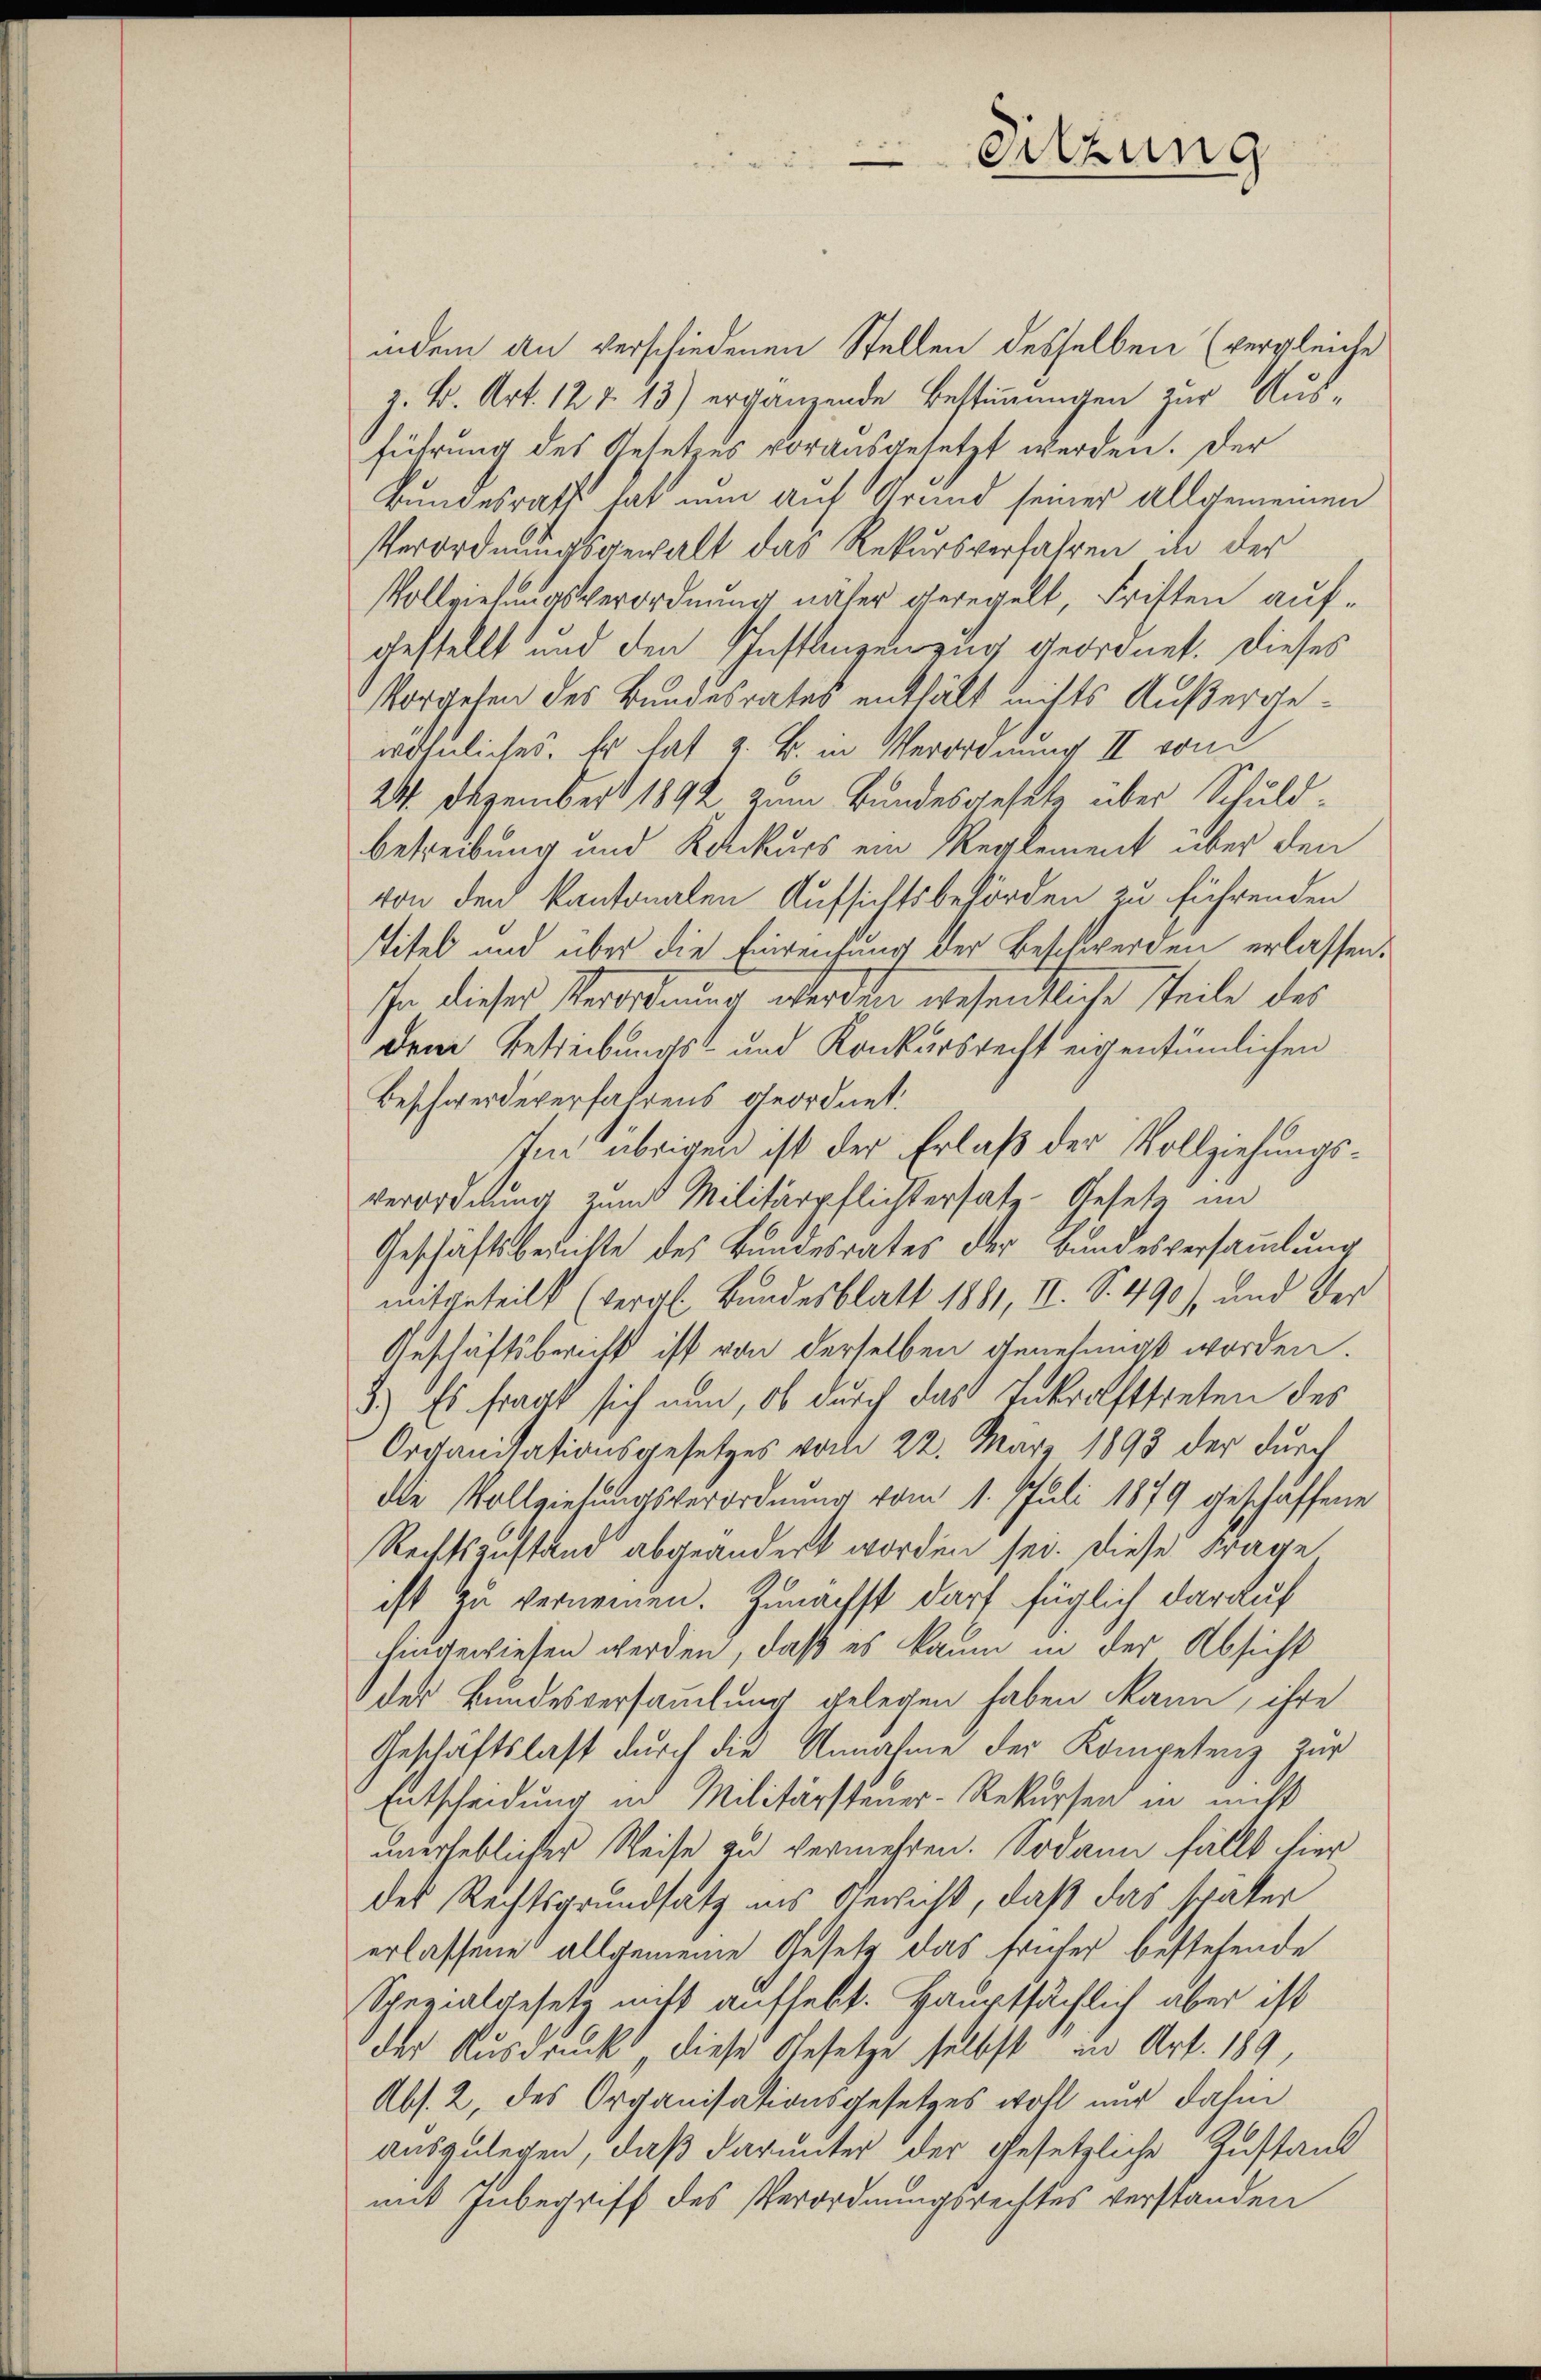
Sitzung

indem an verschiedenen Stellen desselben (vergleiche
z. B. Art. 12 f 13) ergänzende Bestimmungen zur Ausführung des Gesetzes vorausgesetzt werden. Der
Bundesraft hat nun auf Grund seiner allgemeinen
Verordnungsgewalt das Rekursverfahren in der
Vollziehungsverordnung näher geregelt, Fristen aufgestellt und den Instanzeig geordnet. Dieses
Vorgehen des Bundesrates enthält nichts Außergewöhnliches. Er hat z. B. in Verordnung II vom
24. Dezember 1892 zum Bundesgesetz über Schuldbetreibung und Konkurs ein Reglement über den
von den kantonalen Aufsichtsbehörden zu führenden
ttitel und über die Einreichung der Beschwerden erlassen.
In dieser Verordnung werden wesentliche Teile des
Dem Betreibungs- und Konkursrecht eigentümlichen
Beschwerde erfahrens geordnet.
Im übrigen ist der Erlaß der Vollziehungsverordnung zum Militärpflichtersatz-Gesetz im
Geschäftsberichte des Bundesrates der Bundesversammlung
mitgeteilt (vergl. Bundesblatt 1881, II. S. 490), und der
Geschäftsbericht ist von derselben genehmigt worden.
3.) Es fragt sich nun, ob durch das Inkrafttreten des
Organisationsgesetzes vom 22. März 1893 der durch
die Vollziehungsverordnung vom 1. Juli 1879 geschaffene
Rechtszustand abgeändert worden sei. Diese Frage
ist zu vernennen. Zunächst darf füglich darauf
hingewiesen werden, daß es kaum in der Absicht
des Bundesversammlung gelegen haben kann, ihre
Geschäftslast durch die Annahme der Kompetenz zur
Entscheidung in Militärsteuer- Rekursen in nicht
unerheblicher Weise zu vermehren. Sodann fällt hier
des Rechtsgrundsatz ins Gericht, daß das später
erlassene allgemeine Gesetz das früher bestehende
Spezialgesetz nicht aufhebt. Hauptsächlich aber ist
der Ausdruck diese Gesetze selbst in Art. 189,
Abs. 2, des Organisationsgesetzes wohl nur dahin
auszulegen, daß darunter der Gesetzliche Zustand
mit Inbegriff des Verordnungsrechtes verstanden